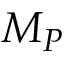
M _ { P }